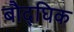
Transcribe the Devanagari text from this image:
बौद्घिक